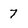
Character: 7